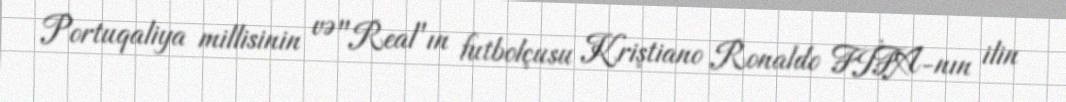
Portuqaliya millisinin və "Real"ın futbolçusu Kriştiano Ronaldo FİFA-nın ilin